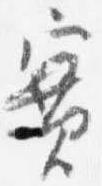
実